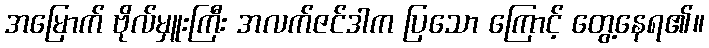
အမြောက် ဗိုလ်မှူးကြီး အလက်ဇင်ဒါက ပြသော ကြောင့် တွေ့နေရ၏။